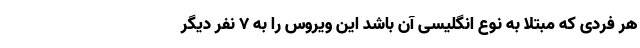
هر فردی که مبتلا به نوع انگلیسی آن باشد این ویروس را به ۷ نفر دیگر